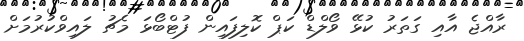
ރާއްޖެ އާއި ގަތަރު ކުޅޭ ވޯލްޑް ކަޕް ކޮލިފައިން ފުޓްބޯޅަ މެޗު ލައިވްކުރުމަށް